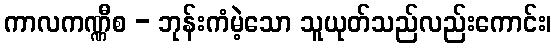
ကာလကဏ္ဏီစ - ဘုန်းကံမဲ့သော သူယုတ်သည်လည်းကောင်း၊